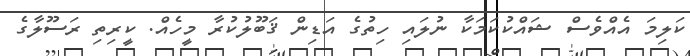
ކަލިމަ އެއްވެސް ޝައްކުކަމަކާ ނުލައި ހިތުގެ އަޑިން ޤަބޫލުކުރާ މީހެއް. ކީރިތި ރަސޫލާގެ